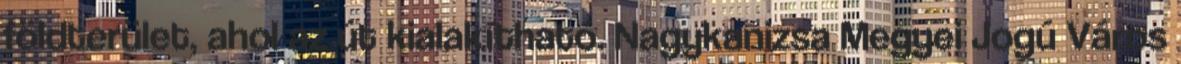
földterület, ahol az út kialakítható. Nagykanizsa Megyei Jogú Város